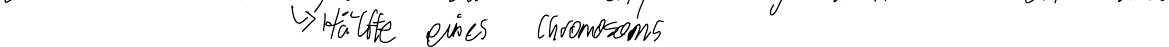
-> Hälfte eines Chromosoms